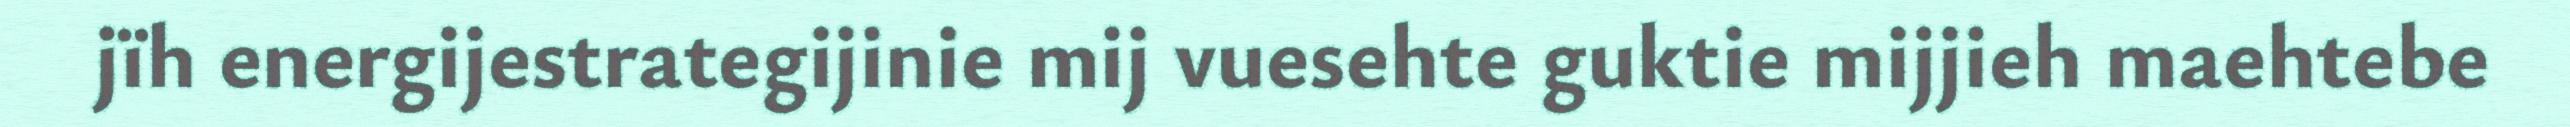
jïh energijestrategijinie mij vuesehte guktie mijjieh maehtebe